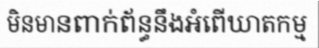
មិនមានពាក់ព័ន្ធនឹងអំពើឃាតកម្ម